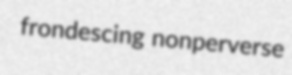
frondescing nonperverse